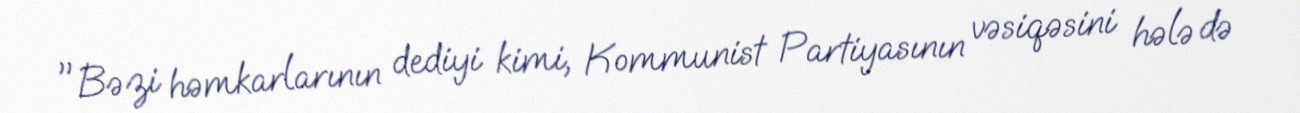
"Bəzi həmkarlarının dediyi kimi, Kommunist Partiyasının vəsiqəsini hələ də